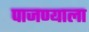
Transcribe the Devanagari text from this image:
पाजण्याला